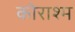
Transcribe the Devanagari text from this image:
कोराश्म